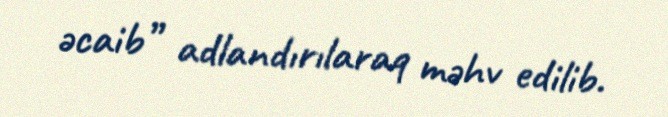
əcaib” adlandırılaraq məhv edilib.